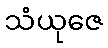
သံယုဇေ